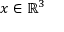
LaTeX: x \in \mathbb { R } ^ { 3 }